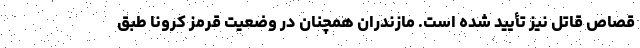
قصاص قاتل نیز تأیید شده است. مازندران همچنان در وضعیت قرمز کرونا طبق